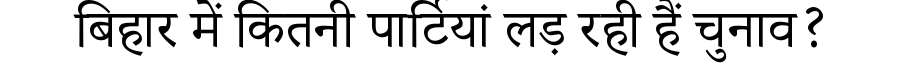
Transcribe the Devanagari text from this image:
बिहार में कितनी पार्टियां लड़ रही हैं चुनाव?